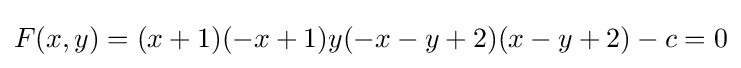
F(x,y)=(x+1)(-x+1)y(-x-y+2)(x-y+2)-c=0